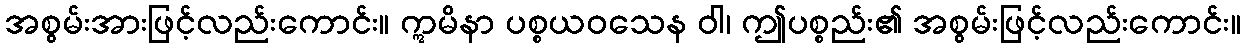
အစွမ်းအားဖြင့်လည်းကောင်း။ ဣမိနာ ပစ္စယဝသေန ဝါ၊ ဤပစ္စည်း၏ အစွမ်းဖြင့်လည်းကောင်း။